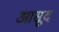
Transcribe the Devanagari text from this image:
आसूद